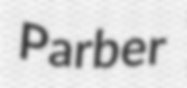
Parber